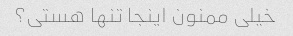
خیلی ممنون اینجا تنها هستی؟